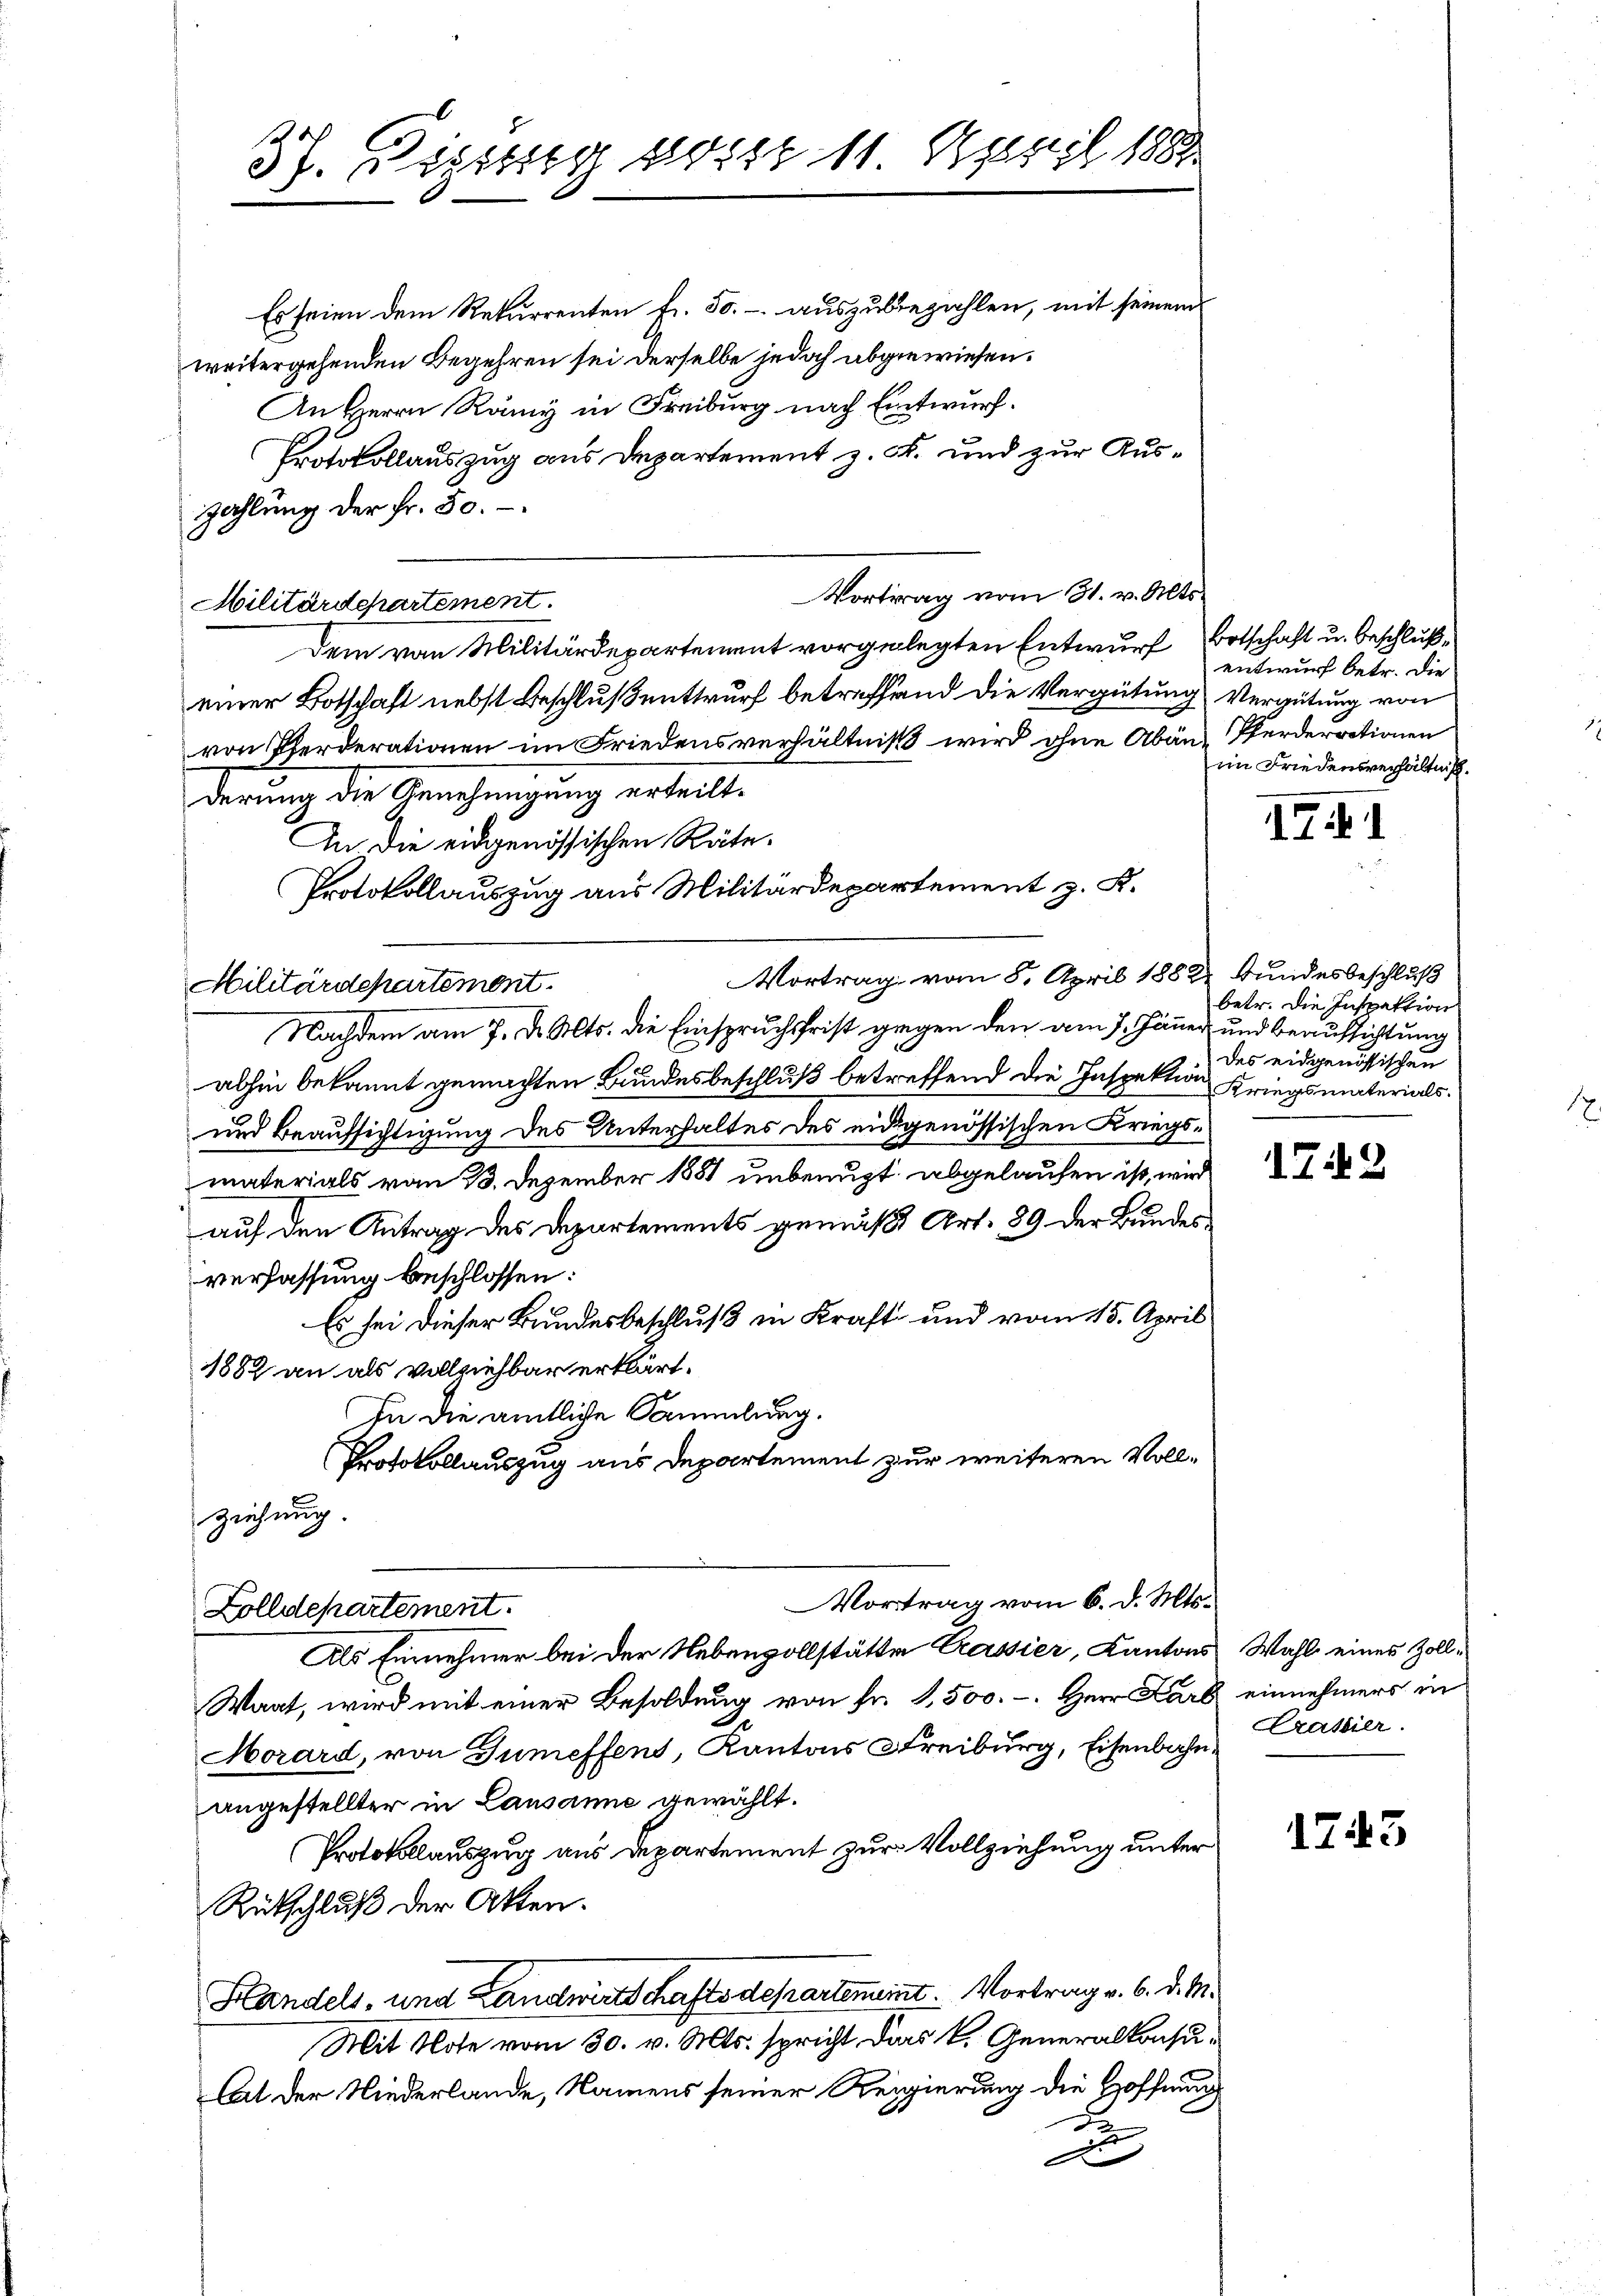
Es seien dem Rekurrenten fr. 50.- auszubezahlen, mit seinem
weitergehenden Begehren sei derselbe jedoch abgewiesen.
An Herrn Rämi in Freiburg nach Entwurf.
Protokollauszug aus Departement z. F. und zur Auszahlung der Fr. 50.
Vortrag vom 31. v. Mts.
Dem von Militärdepartement vorgelegten Entwurf, Botschaft u. Beschlußeiner Botschaft nebst Beschluß entwurf betreffend die Vergütung Vergütung von
von Pferderationen im Friedensverhältniß wird ohne Abän-Pferderrationen
derung die Genehmigung erteilt.
An die eidgenössischen Räte.
Protokollauszug aus Militärdepartement z. K.
Vortrag vom 8. April 1882 Bundesbeschluß
Militärdepartement.
Nachdem am 7. d. Mts. die Einspruchsfrist gegen den am 7. Jänner und beaufsichtung
abhin bekannt gemachten Bundesbeschluß betreffend die Inspektion Kriegsmaterials¬
und Beaufsichtigung des Unterhaltes des eidgenössischen Kriegsmaterials vom 13. Dezember 1881 unbenuzt abgelaufen ist, wird
auf den Antrag des Departements gemäß Art. 89 der Bundesverfassung beschlossen:
Es sei dieser Bundesbeschluß in Kraft und vom 15. April
1882 an als vollziehbar erklärt.
In die amtliche Sammlung.
Protokollauszug aus Departement zur weiteren Vollziehung.
Vortrag vom 6. d. Mts.
Zolldepartement.
Als Einnehmer bei der Nebenvollstätte Cassier, Kantons Wahl eines Zoll¬
Wart, wird mit einer Besoldung von Fr. 1500.-. Herr Karb einnehmers in
Morard, von Gumeffens, Kantons Freiburg, Eisenbahn Crassier.
angestellter in Lausanne gewählt.
Protokollauszug aus Departement zur Vollziehung unter
Rütschluß der Akten.
Handels- und Landwirtschaftsdepartenamt. Vortrag v. 6. d. M.
Mit Note vom 30. v. Mts. spricht das k. Generalkonsulat der Niederlande, Namens seiner Regierung die Hoffnung
B
F

Militärdepartement.

sch
37. Bestig gott 11. April 1881

entwurf betr. die
im Friedensverhältniß.

141

betr. die Inspektion
des eidgenössischen

1742

1743